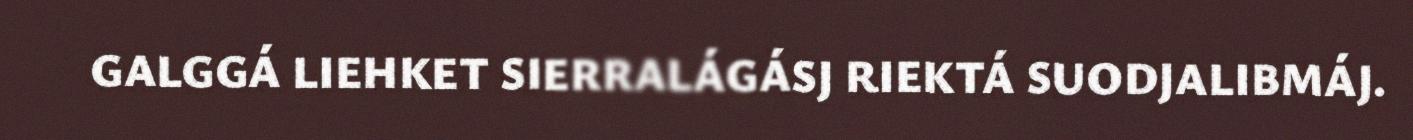
GALGGÁ LIEHKET SIERRALÁGÁSJ RIEKTÁ SUODJALIBMÁJ.